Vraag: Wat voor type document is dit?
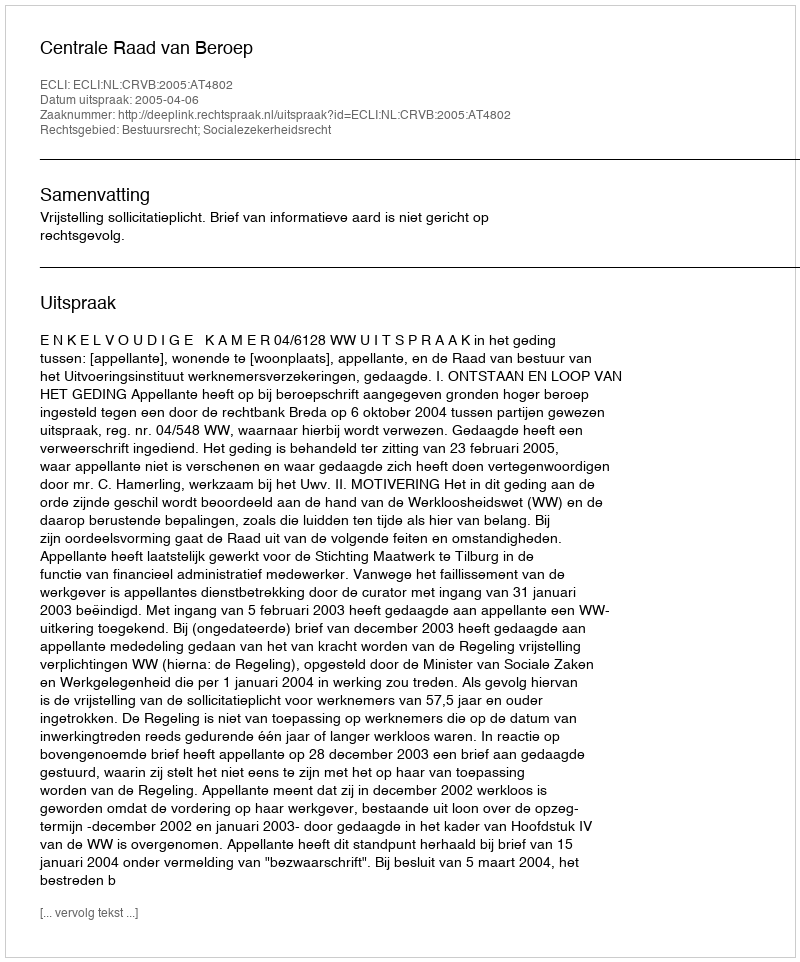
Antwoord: Uitspraak